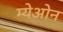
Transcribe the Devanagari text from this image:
म्येओन